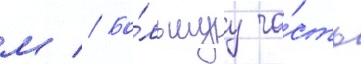
м // Бо́льшуу ча́сть